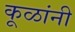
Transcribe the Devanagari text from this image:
कूळांनी